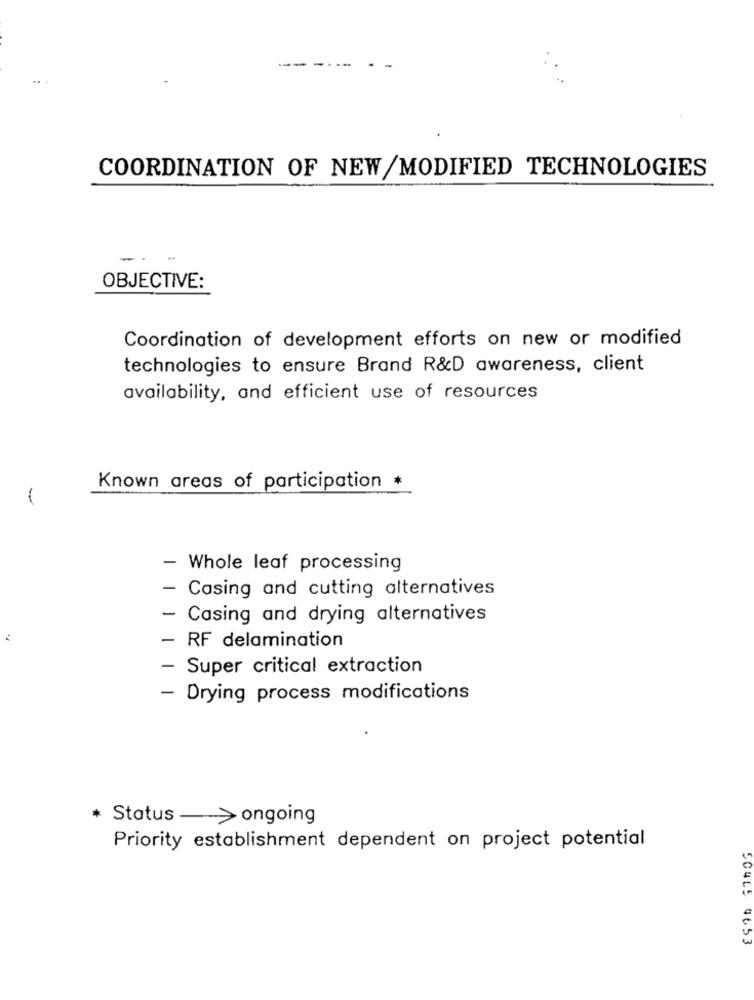
---.
--
COORDINATION OF NEW/MODIFIED TECHNOLOGIES
OBJECTIVE:
Coordination of development efforts on new or modified
technologies to ensure Brand R&D awareness, client
availability, and efficient use of resources
Known areas of participation *
- Whole leaf processing
-
Casing and cutting alternatives
-
Casing and drying alternatives
- RF delamination
- Super critical extraction
- Drying process modifications
* Status - > ongoing
Priority establishment dependent on project potential
504L5 4653